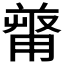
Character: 𠭻